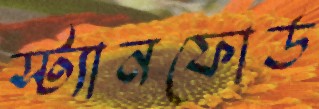
স্ট্যানফোর্ড